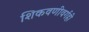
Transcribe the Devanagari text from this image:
शिकवणीवर्गही